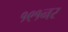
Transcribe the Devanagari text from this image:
१९१नर